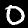
Label: 0